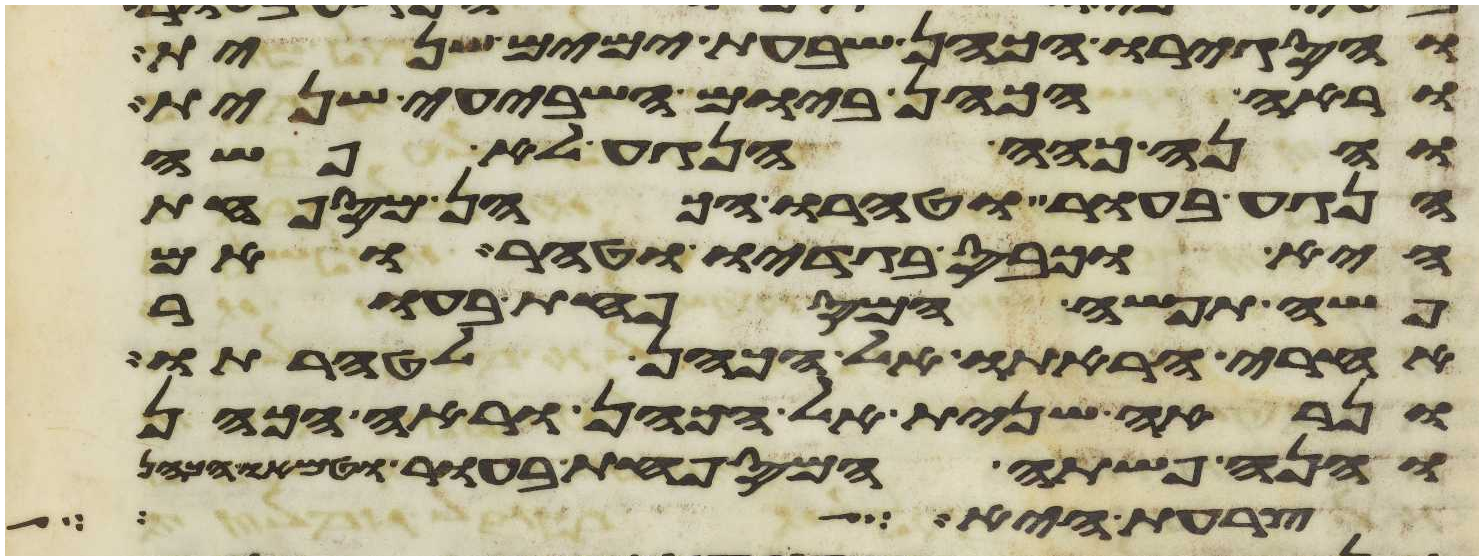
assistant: והסגירו הכהן שבעת ימים שנית
וראה הכהן ביום השביעי שנית
והנה כהה הנגע לא פשה
הנגע בעור וטהרו הכהן המספחת
היא וכבס בגדיו וטהר ואם
פשה תפשה המספחת בעור
אחרי הראתו אל הכהן לטהרתו
ונראה שנית אל הכהן וראה הכהן
והנה פשתה המספחת בעור וטמאו הכהן
צרעת היא